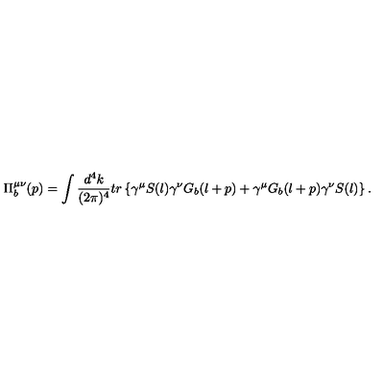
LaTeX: \Pi _ { b } ^ { \mu \nu } ( p ) = \int \frac { d ^ { 4 } k } { ( 2 \pi ) ^ { 4 } } t r \left\{ \gamma ^ { \mu } S ( l ) \gamma ^ { \nu } G _ { b } ( l + p ) + \gamma ^ { \mu } G _ { b } ( l + p ) \gamma ^ { \nu } S ( l ) \right\} .